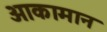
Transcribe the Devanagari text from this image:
आकामान